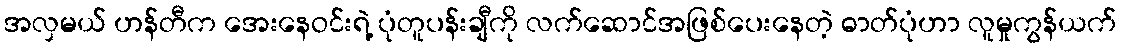
အလှမယ် ဟန်တီက အေးနေဝင်းရဲ့ ပုံတူပန်းချီကို လက်ဆောင်အဖြစ်ပေးနေတဲ့ ဓာတ်ပုံဟာ လူမှုကွန်ယက်